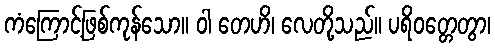
ကံကြောင့်ဖြစ်ကုန်သော။ ဝါ တေဟိ၊ လေတို့သည်။ ပရိဝတ္တေတွာ၊